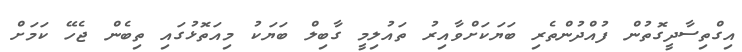
އިގްތިސާދީގޮތުން ފުއްދުންތެރި ބަޔަކަށްވާއިރު ތައުލިމީ ގާބިލް ބަޔަކު މިއަތޮޅުގައި ތިބެން ޖެހޭ ކަމަށް